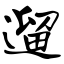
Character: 遛